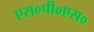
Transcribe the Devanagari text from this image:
एस०पी०एस०